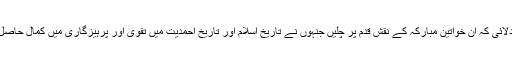
حضور ایدہ اللہ تعالیٰ بنصرہ العزیز نے لجنہ کو توجہ دلائی کہ ان خواتینِ مبارکہ کے نقش قدم پر چلیں جنہوں نے تاریخ اسلام اور تاریخ احمدیت میں تقویٰ اور پرہیزگاری میں کمال حاصل کیا اور دین کی خاطر ہر طرح کی قربانیاں پیش کیں۔